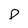
Character: p